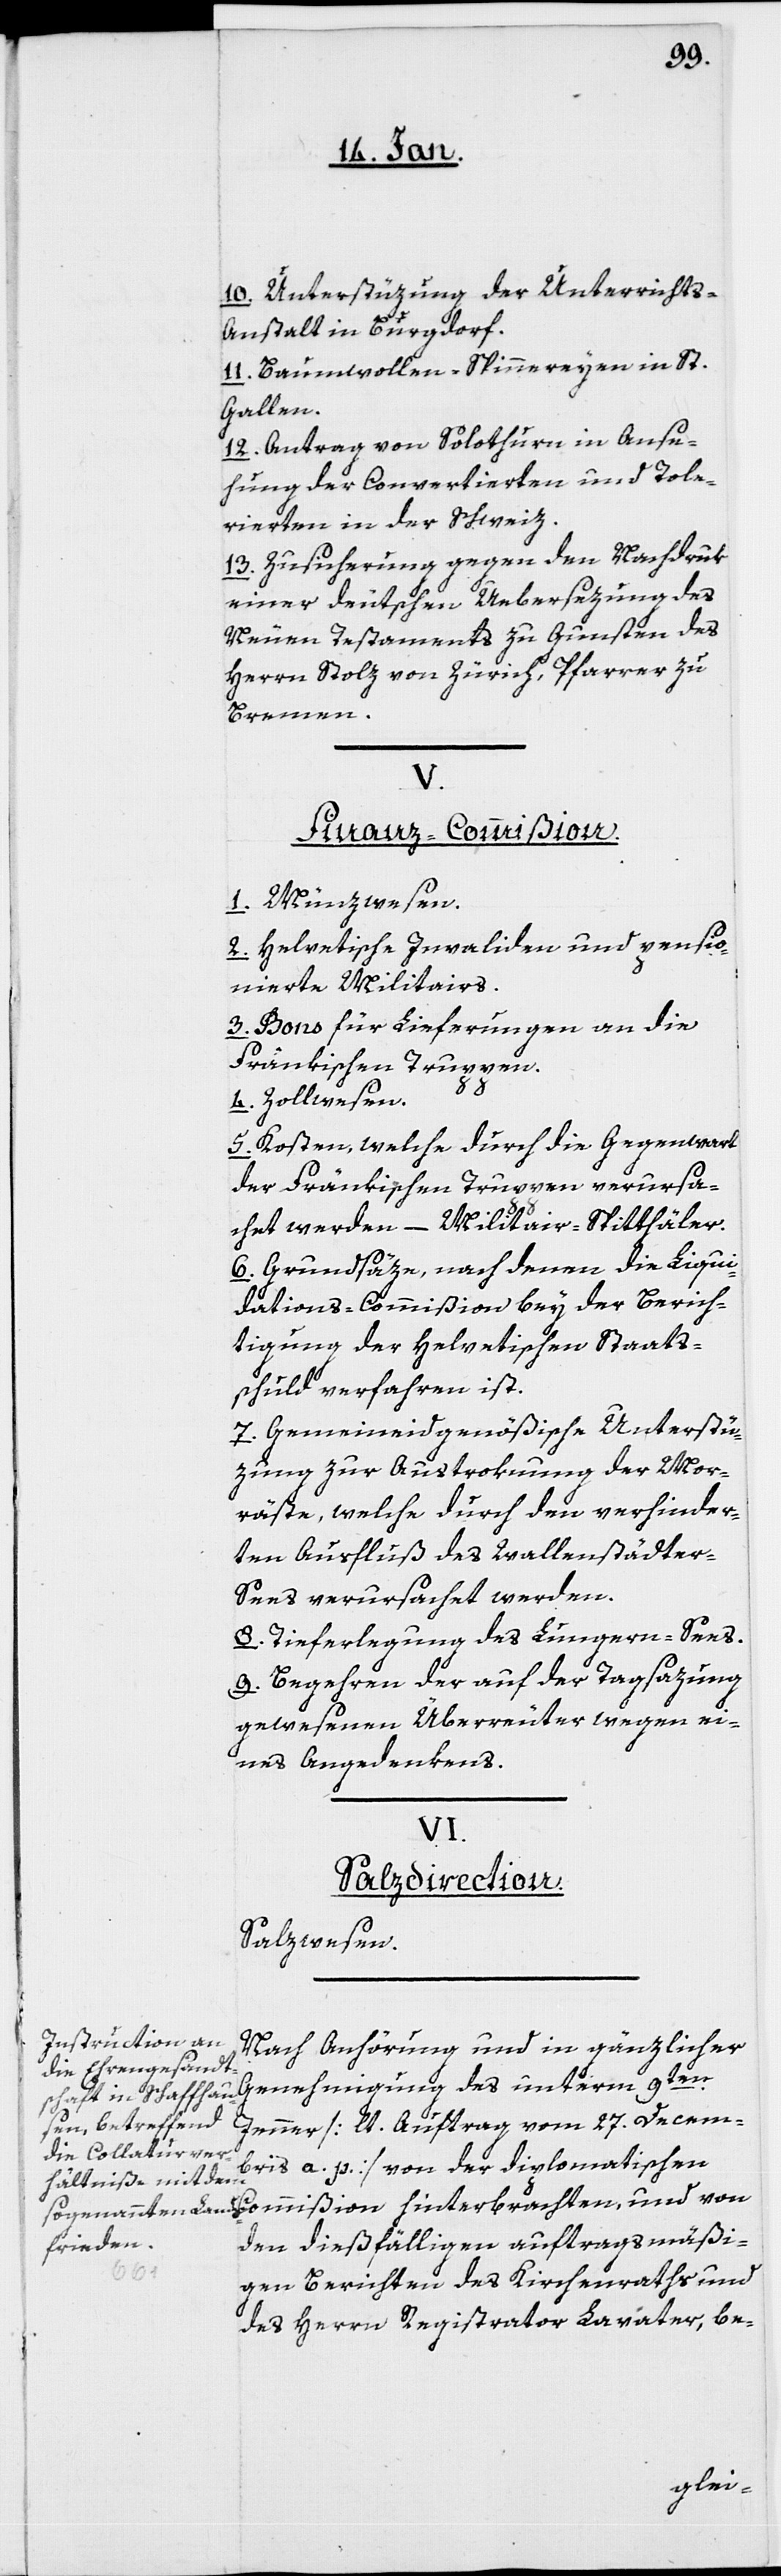
10. Unterstüzung der Unterrichts-A¬
nstalt in Burgdorf.
11. Baumwollen-Spinnereyen in St.
Gallen.
12. Antrag von Solothurn in Anse¬
hung der Convertierten und Tole¬
rierten in der Schweiz.
13. Zusicherung gegen den Nachdruk
einer deutschen Übersezung des
Neuen Testaments zu Gunsten des
Herrn Stolz von Zürich, Pfarrer zu
Bremen.
V.
Finanz-Commißion.
1. Münzwesen.
2. Helvetische Invaliden und pensio¬
nierte Militairs.
3. Bons für Lieferungen an die
Fränkischen Truppen.
4. Zollwesen.
5. Kosten, welche durch die Gegenwart
der Fränkischen Truppen verursa¬
cht werden – Militair-Spitthäler.
6. Grundsäze, nach denen die Liqui¬
dations-Commißion bey der Berich¬
tigung der Helvetischen Staats¬
schuld verfahren ist.
7. Gemeineidgenößische Unterstü¬
zung zur Austroknung der Mor¬
äste, welche durch den verhinder¬
ten Ausfluß des Wallenstädter-S¬
ees verursacht werden.
8. Tieferlegung des Lungern-Sees.
9. Begehren der auf der Tagsazung
gewesenen Überreuter wegen ei¬
nes Angedenkens.
VI.
Salzdirektion.
Salzwesen.
Nach Anhörung und in gänzlicher
Genehmigung des unterm 9ten.
Jenner [lt. Auftrag vom 27sten. Decem¬
bris a. p.] von der diplomatischen
den dießfälligen auftragsmäßi¬
gen Berichten des Kirchenraths und
des Herrn Registrator Lavater, be-